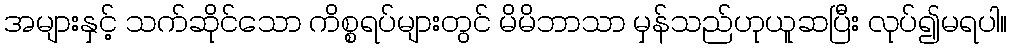
အများနှင့် သက်ဆိုင်သော ကိစ္စရပ်များတွင် မိမိဘာသာ မှန်သည်ဟုယူဆပြီး လုပ်၍မရပါ။